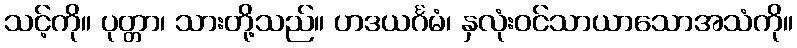
သင့်ကို။ ပုတ္တာ၊ သားတို့သည်။ ဟဒယင်္ဂမံ၊ နှလုံးဝင်သာယာသောအသံကို။